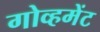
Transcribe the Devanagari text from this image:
गोव्हमेंट